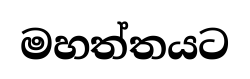
මහත්තයට